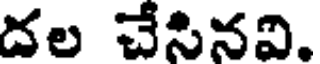
దల చేసినవి.